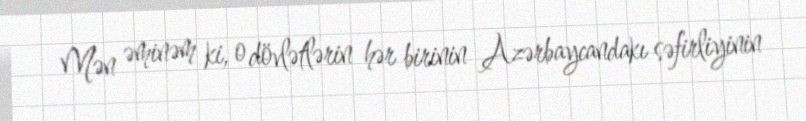
Mən əminəm ki, o dövlətlərin hər birinin Azərbaycandakı səfirliyinin